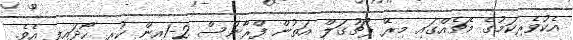
އެކުވެރިކަމުގެ މެޗެއްގައި މިރޭ ޕޯޗުގަލް އަތުން ފްރާންސް 2-1އިން ކުރި ހޯދައިފި އެވެ.